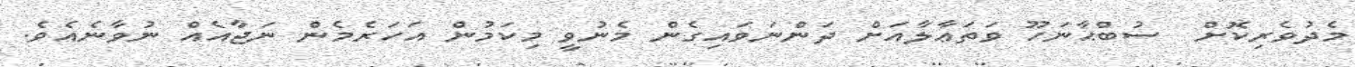
މެދުވެރިކޮށް  ސުބްޙާނަހޫ ވަތަޢާލާއަށް ދަންނަވައިގެން މެނުވީ މިކަމުން އަހަރެމެން ނަޖާއެއް ނުވާނެއެވެ.